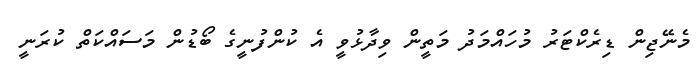
މެނޭޖިން ޑިރެކްޓަރު މުހައްމަދު މަތީން ވިދާޅުވީ އެ ކުންފުނީގެ ބޯޑުން މަސައްކަތް ކުރަނީ